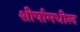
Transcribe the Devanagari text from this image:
शीर्षामधील